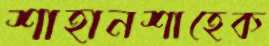
শাহানশাহেক